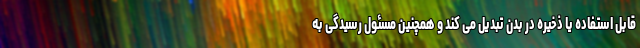
قابل استفاده یا ذخیره در بدن تبدیل می کند و همچنین مسئول رسیدگی به